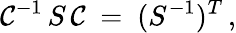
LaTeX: \mathcal{C}^{-1}\, S\, \mathcal{C}\ =\ (S^{-1})^{T}\, ,